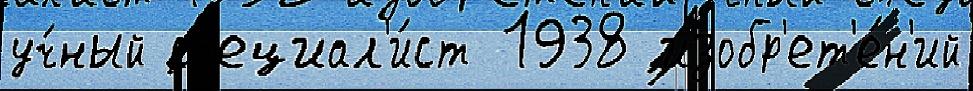
уч́ный сп'ециал'и́ст 1938 изобр'ет'е́н'ий